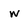
Character: w